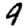
Digit: 9